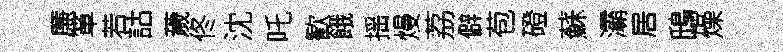
㢘箪若詁薉佟沈吒歓餓揺熳荔僻苞磴蘇灞居鴟燥